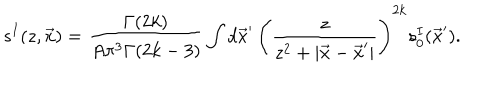
s ^ { I } ( z , \vec { x } ) = \frac { \Gamma ( 2 k ) } { A \pi ^ { 3 } \Gamma ( 2 k - 3 ) } \int d \vec { x } ^ { \prime } \, \left( \frac { z } { z ^ { 2 } + | \vec { x } - \vec { x } ^ { \prime } | } \right) ^ { 2 k } s _ { 0 } ^ { I } ( \vec { x } ^ { \prime } ) .